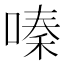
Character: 嗪